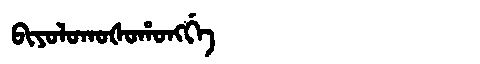
Manchu: ᠪᡳᠶᠣᠯᠣᡴᠣᡧᠣᡥᠣᠩᡤᡝ
Romanization: BIYOLOKOŠOHONGGE